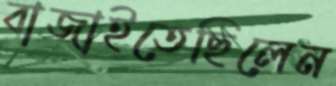
বাজাইতেছিলেন